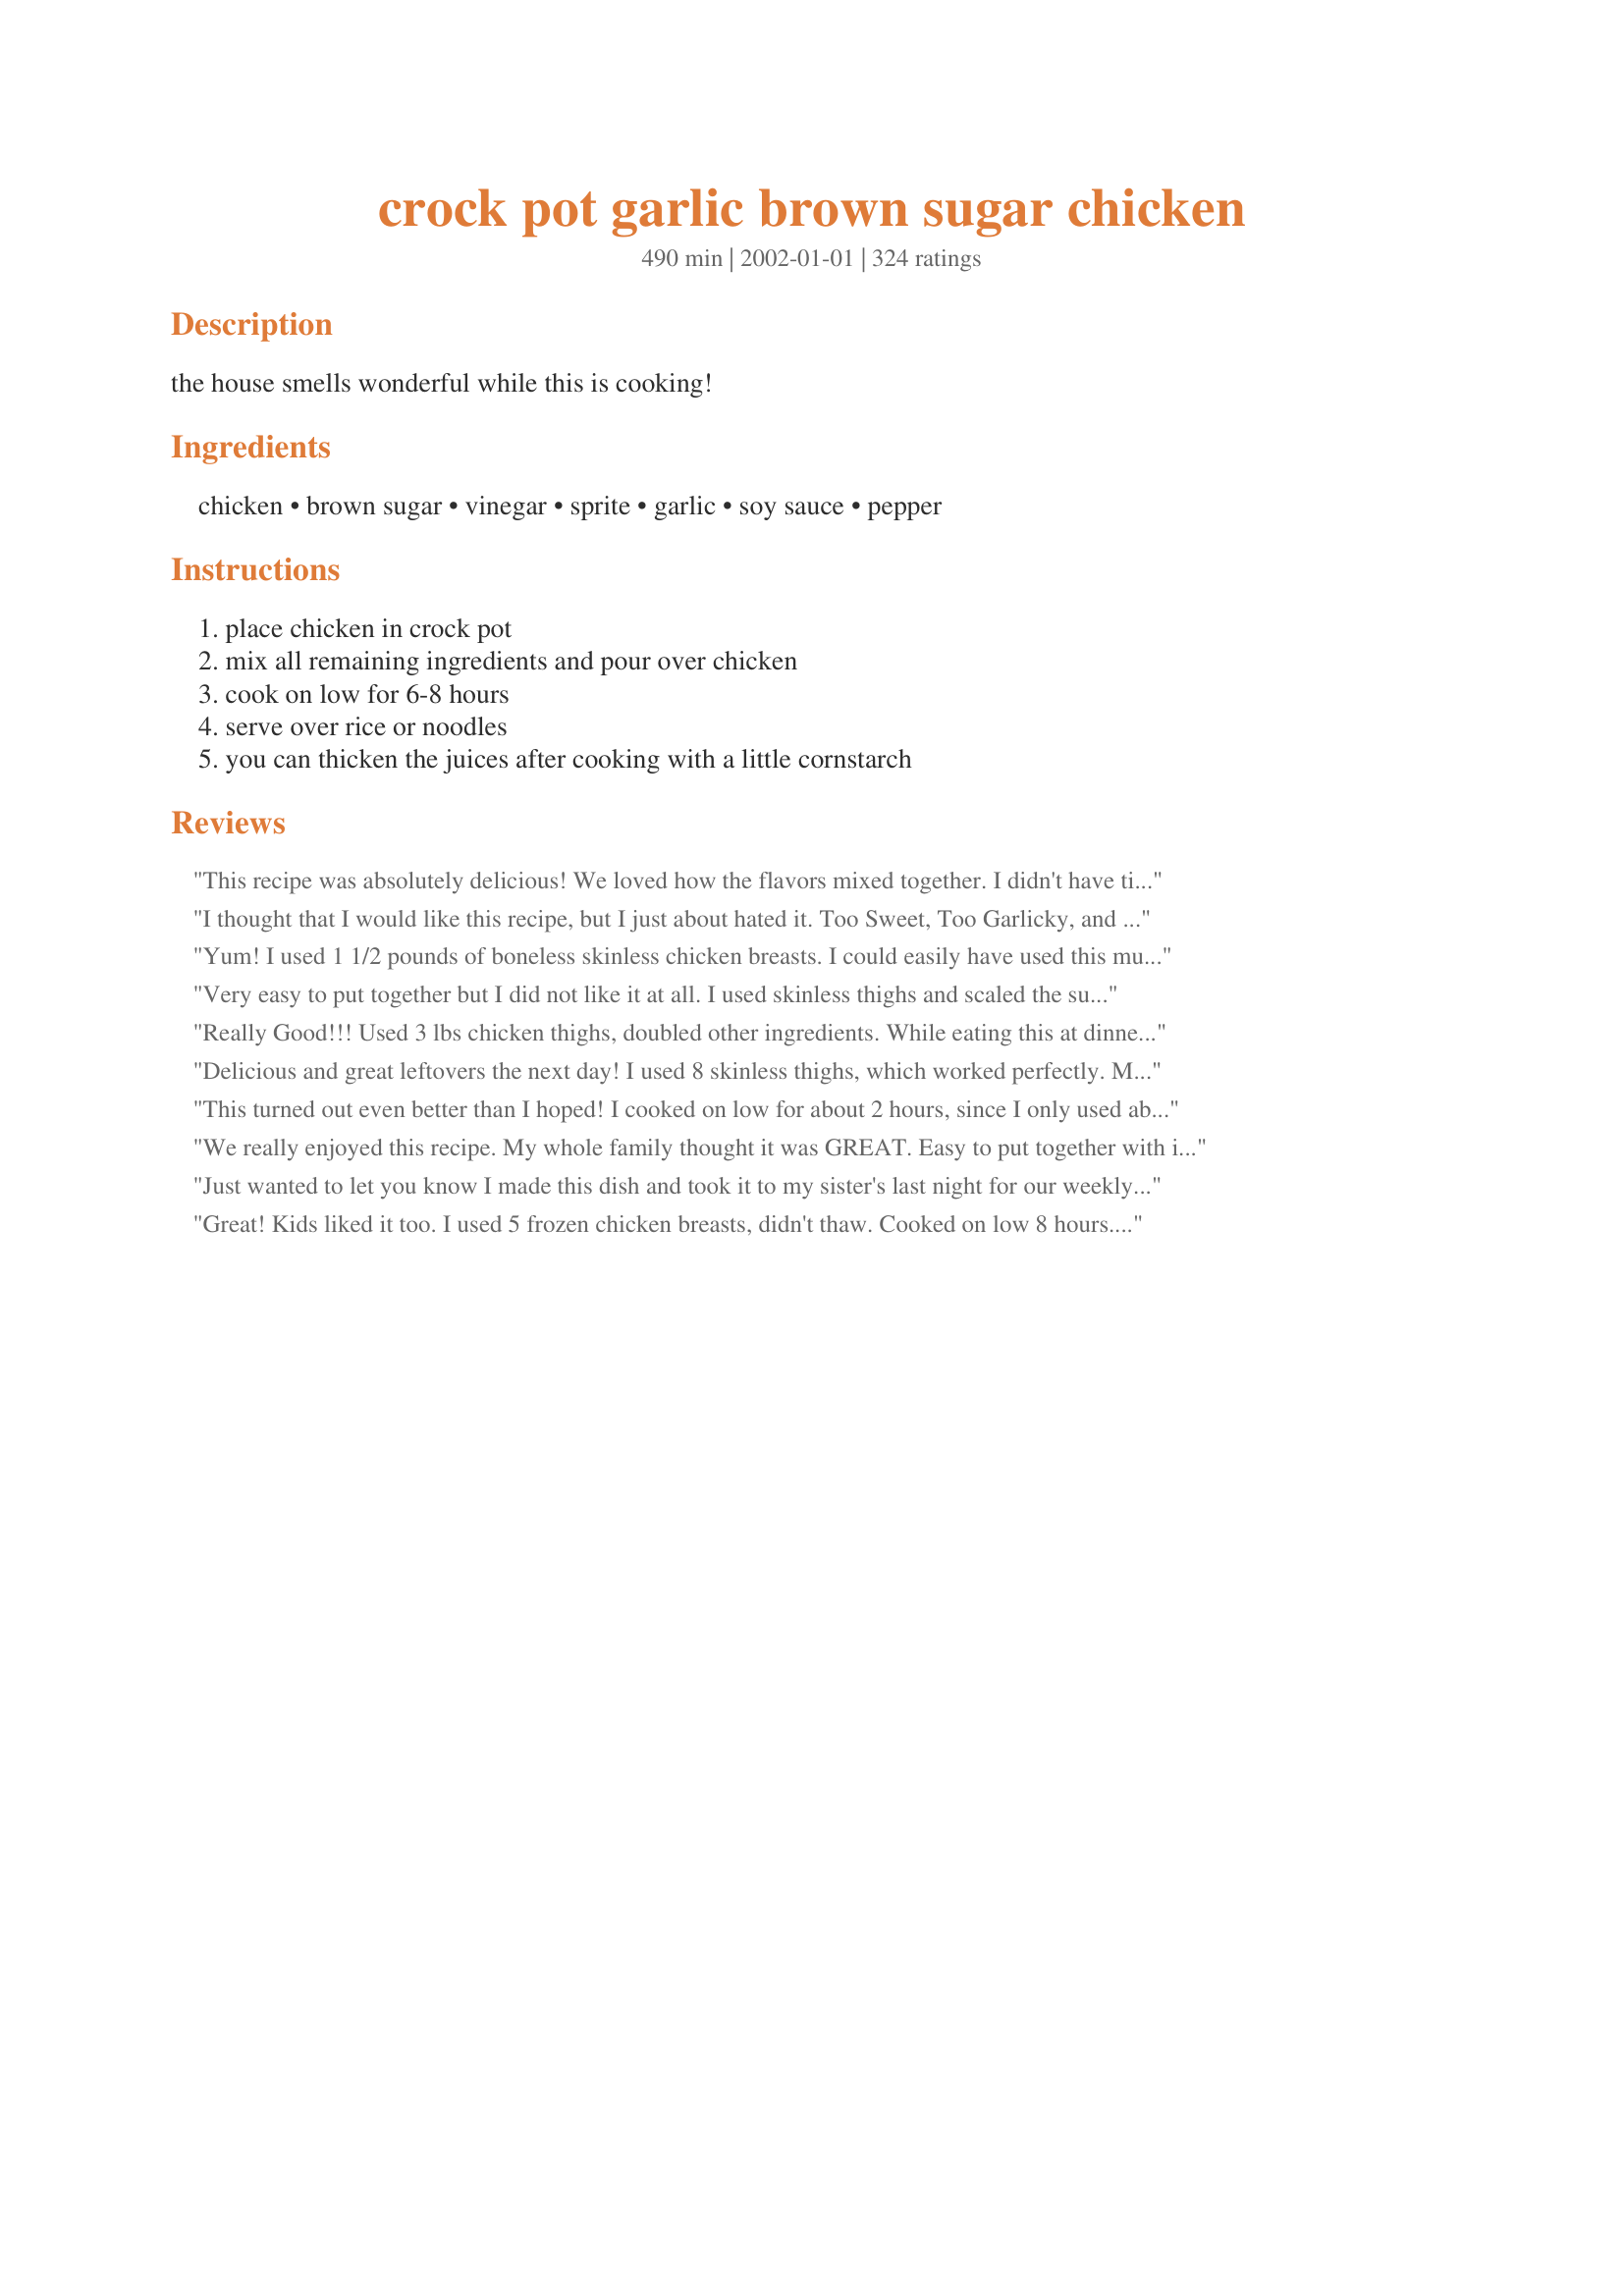
crock pot garlic brown sugar chicken
Preparation time: 490 minutes

the house smells wonderful while this is cooking!

Ingredients:
chicken, brown sugar, vinegar, sprite, garlic, soy sauce, pepper

Steps:
place chicken in crock pot, mix all remaining ingredients and pour over chicken, cook on low for 6-8 hours, serve over rice or noodles, you can thicken the juices after cooking with a little cornstarch

Reviews:
This recipe was absolutely delicious! We loved how the flavors mixed together. I didn't have time to make it in a crockpot, so I cooked it at 350 degrees F for about 30 minutes. It turned out wonderful. Thanks for a new favorite!

I thought that I would like this recipe, but I just about hated it. Too Sweet, Too Garlicky, and not to mention a total waste of $6.00 worth of boneless, skinless chicken thighs. I had read so many rave reviews of this recipe I just had to try it. Thought my husband would like it too, but he also was totally not impressed. From now on if I think the recipe sounds too weird I will not even try it.
Yum! I used 1 1/2 pounds of boneless skinless chicken breasts. I could easily have used this much again b/c there was so much delicious sauce left. I cooked for 4 hours and it was perfect. As you already know, great recipe Mirj!!!
Very easy to put together but I did not like it at all. I used skinless thighs and scaled the sugar back to 3/4 cup and still found this recipe too sweet and far too vinegary. For those who DO like the recipe, maybe you can use this tip to your advantage: There was a lot of the liquid in the crockpot when done so I put in about a cup of instant rice and let it soak up the juices for about 10 minutes. It would have been great if I was able to get past the sweet & vinegary taste. My fault perhaps, because I much prefer savory to sweet. I will not be making this again. :(
Really Good!!! Used 3 lbs chicken thighs, doubled other ingredients. While eating this at dinner, my boyfriend said, "Your the best cook ever"!!! I said, "No, I just find good recipes"!! Thanks for sharing!!
Delicious and great leftovers the next day! I used 8 skinless thighs, which worked perfectly. My husband, who is originally from the Philippines, said that it tasted very similar to Chicken Adobo (I completely agree). Thanks so much-- we'll be serving this often in my house!
This turned out even better than I hoped! I cooked on low for about 2 hours, since I only used about 4 fairly thin boneless chicken that I cut into large chunks. I used a scant 3/4 cup brown sugar and about 1/3 cup cider vinegar and it was perfect. The black pepper really makes this flavor combination stand out. It reminded me of Bourbon Chicken at the mall. Thanks Mirj, for posting.

Roxygirl
We really enjoyed this recipe. My whole family thought it was GREAT. Easy to put together with ingredients I had on hand. I used whole chicken legs because my family enjoys a lot of meat. Thanks for posting.
Just wanted to let you know I made this dish and took it to my sister's last night for our weekly "Survivor" night. Everyone raved about the chicken! It was a little to "garlicky" for me, but they scarfed it down. Knowing that I'm just a really picky eater, I'm taking their word for it. I made a double batch, and used 8 skinless split breasts with bone. The meat was so juicy and tender that it was falling off the bone when you tried to serve it with a fork. Very nice!
Great! Kids liked it too. I used 5 frozen chicken breasts, didn't thaw. Cooked on low 8 hours. During the last hour or so of cooking I quartered every piece of chicken...and let the juices soak in a bit. Served over rice. Tasted very sweet with a bit of heat from the pepper. Thanks Mirj for a super duper recipe!!!
My husband loved it, but I was disappointed in the taste after reading such good reviews. Probably would not make again.
Made pretty much as written, but I did use boneless chicken tenders in place of bone-in chicken pieces. I cubed the chicken before placing in the crockpot, so I only cooked it for 4 hours on low. Came out perfect and delicious!! The next time I make it though, I will definitely add some onion. :)
I used 2 lb. of boneless chicken tenders, and cooked for 4 hours on low. The chicken was wonderfully moist and tender. I thought the sauce was a bit too vinegary, so next time I will only add about 1/2 c. I thickened the sauce with about 1/4 c. cornstarch, served with steamed rice and stir-fry vegetables. YUMMY, and VERY easy! Thanks, Mirj:)
~Manda
This recipe I found to be very easy. And the chicken melted in our mouths. I substitued the Brown sugar with splenda, and found the flavor excellent.
Super easy! Very yummy! I added al dente pasta for 1/2 hr to cook in the great sauce. Also I used chicken breast on bone and cooked for 4 hours on high (I find this dries the chicken out less).
YUMMY - I love sweet, so this was perfect for our family. Thanks!
My husband raved about this one. He even felt it could replace in its position a recipe I cook called Adovo. He loved the smell when he came home. I halved the pepper...1/2 black and 1/2 cayenne.
This was wonderful!! A five star review from Chris, his dad, and me!! I used chicken thighs, and served the sauce over white rice..very good! I did thicken the sauce with a corn starch slurry--that made the meal absolutely perfect! Thanks for posting this recipe..we all loved it--definitely a keeper!!
Teresa
This was a really good meal. I used chicken thighs because I really like the tender meat. The juice was AMAZING! I put the juice over my potatoes that I had with the meal. I even saved it so that I could put it over mashed potatoes later! Thanks!
The taste was great, but the meat was somewhat overdone after 8 hours cooking - I will make it again, but next time try only 6 hours.
I made this recipe as given, doubling the sauce recipe because reviews said it was so good. I used the upper limit of garlic, and 1/2 black and 1/2 cayenne pepper. It was almost sickeningly sweet.I threw the whole batch out, which I've done only about 5 times in 35 years of cooking.
I made this last night, I halved the sugar and cooked it on low for 4 hours, I used white distilled vinegar. I also used the cornstarch to thicken the juices at the end. It turned out moist and not too sweet. I don't think I will make this again, it's not a new favorite for us.
I did tweak this recipe a bit for our own taste. I took others advice and cut the brown sugar to 3/4 cup and cut the vinegar (I used balsamic) to 1/2 cup. I also added 1/2 cup water and 2 Tbsp chicken boullion. The chicken turned out wonderful. I used frozen boneless, skinless chicken breast so I had to cut the time down to about 4 1/2 hours. Also just before it was done cooking I shredded the chicken up and added some Sriracha Hot Chili Sauce (about 2-3 Tbsp). It made a world of difference. Will be making this again. Thanks for another great addition to my cookbook.
I love the taste but it was very, very dry. Is there anyway to keep the chicken moist?
Sorry, I followed the recipe exactly and I didn't care for it. It did smell really good while it was cooking. I used frozen chicken breasts and it did not turn out dry.
I thought this was very good. I used 3 bone-in skin-on chicken breasts. I substituted a mix of balsamic and red wine vinegar, because I was out of regular. It made the chicken a gorgeous caramel browned color, and it tasted delightful! I did think that it was lacking salt. I sprinked the chicken with chopped green onion, and served it with rice and broccoli. Yum!
I removed the skin off the chicken parts. I cooked it on low for 5 hours and it was so dry my husband almost choked when he tasted it. I had to throw it all away. The sauce was not bad but even if the chicken was tender I don't think I will make this again. Sorry!
Absolutely WONDERFUL!
Used chicken breasts in a covered casserole and popped in the oven for a quick & easy meal. Baked at 350 degrees for just under an hour.
Can hardly wait to make it again using the crockpot method.
Since I don&#039;t buy sodas and won&#039;t have them in the house, what can I substitute for the Sprite/7 Up?
cook chicken in water first ? if not ? , how you keep from being dry ?
This chicken had excellent taste and just fell off the bone. I'll be making this again but I think I will cut the rest of the incredients in half. I thought it was too much liquid for that amount amount of chicken and the bottom pieces really got saterated with the juices and skin was pretty greasy. BUT oooh what a taste. Thanks for sharing this.
After reading all the reviews, it appears that you either hate this dish or you love it...I fit the latter description...

I used 4 skinless chicken breast halves and doubled the ingredients for the sauce...The only change I made was to add a sliced onion...Prior to and during the cooking process I tasted the thin sauce and wasn't too impressed with the taste...Seemed to be too much vinegar...When done, I thickened the sauce as others have done and it seemed to take on a new flavor...I served the chicken on a bed of rice and drenched it with the sauce...Had a side of creamed corn...

If the chicken was dry, couldn't tell with the sauce...Made a real pig out of myself...Will definately make this stuff again...
I loved this recipes. We even had for chistmas dinner. I left the garlic out because I have someone that does not oike garlic, but I added a can of crushed pineapple. I tried it with pork chops and is was good. Next, I am going to use the sauce on cooked ground turkey with stir fry vegatables over rice. Thanks for a great recipe Mirj!!
Honestly, I don't see what the fuss is about. I didn't think this was so good. It was crazy sweet, yet bland. I wouldn't make again.
Wow! Excellent recipe, thanks so much Mirj! Seriously, SO good. And the added bonus? It smelled amazing, too!

I was a little short on time, so put it in the crockpot for an hour on high and then on low for about 4 1/2 hours, and it was fabulous! 

Thanks again!
As others did, I cut the sugar by half and used fresh garlic--we loved it! For those of you with hunters in the family (ND is overrun with pheasants!), this is a GREAT way to fix pheasant breast. The cooking time is WAY too long, though, even for chicken. 4 hours is great plenty. I served it over wild and long grain wild rice. The leftover breast meat was great tossed on top of salad.
The ingredients all sounded good, but the dish came together to be rather bland. Maybe if I combined everything and used the oven instead, then the sauce would have some caramelization and would reduce? (I don't want to use my slow cooker, only to need to reduce the sauce on the stovetop.) We served this with broccoli over rice and had a nice dinner, if not something I would necessarily make again.
Hi Mirj;
The chicken was not only tasty, but so nice and moist and yet done to perfection. I cooked a 3 1/4 pound chicken and decided to try it whole. I cooked it for 6 hours and WOW, so good. I also added a lot more garlic (we love garlic). Next time I will reduce the brown sugar to 3/4 cup (unpacked). The sauce/gravy is superb. I thickened it slightly with tapioca
starch, YUMMY GOOD.
This is a winner, don't know why I waited so long to try it.
"Uncle Bill"
This was wonderful! The chicken fell off the bone, the sauce was scrumptious, I wouldn't change a thing. I served it with mashed potatoes because that's what my 6 year old requested.
Loved it!!! Used a whole cut up chicken, white vinegar and sprite. Cooked on low for 5 hours. Was very moist, not dry at all. Thickened sauce with about 2 tbsp cornstarch. This is a sweet sauce which we loved. Poured over chicken & mash potatoes. Froze the few pieces left with the sauce and will have with rice for a wonderful lunch. Thank you for this easy and wonderfully sweet chicken recipe! I will be adding my photos soon.

 

Very easy, tender and tasty. I used ginger ale and it worked well. Thanks!
I had to work, so put this in the crock pot for the family to have for dinner. With so many five star ratings I was sure they would enjoy it....but it didn't go over very well. They said it wasn't anything special...so guess I won't be making it again. I made it exactly as stated in the recipe....disappointed they didn't like it. (It didn't turn out dry, they just didn't like it much).
I used 1/2 teaspoon white pepper and 1/4 teaspoon cayenne pepper to season (I love the KICK cayenne pepper adds to the gravy); other than that i followed the recipe exactly. My family loved the sweet-sour taste of the gravy, but personally I found it a tad too sour. Next time I'll cut down the vinegar (I used apple cider vinegar), maybe 1/2 cup instead of 2/3 cup. Other than the vinegar being a bit overpowering, this meal is pretty wonderful - 4 stars :)
OMG this is delicious! Is used about 1 1/2 lbs boneless skinless chicken breasts and about the same about of boneless skinless chicken thighs. Cooked for about 4 hours and it was all juicy and tender. I didn't thicken the juices this time but would do that next time. Served over noodles. The few leftovers I had re-heated well the next day. This is a great easy recipe. Thanks for posting.
I made this with boneless, skinless chicken breasts, cut into strips about the size of the breast tenderloin. The chicken seemed a little dry, but I figured that's the nature of the cut I used (I'm sure it would have been fine with a whole cut up chicken, but DH doesn't like dark meat!); some of it still fell apart on it's own, though. The combination of flavors was wonderful; I thickened the sauce with some cornstarch & served it over penne pasta. I will make this again! -M
Mirj, great receipe. Tried this last nite and it was mmmmmm wonderfull. I read some of the reviews (actually a lot) prior to making but went with the receipe with almost no changes (used ginger ale, cause i had it on hand). Some one said theirs was dry, guess we didnt use the same receipe wow was it moist. I took off after cooking about 4 hours into slow cooking, but i used split chicken breast with bone on and skin not removed (for flavor).
I coupled this with Mean CHefs perfect rice (receipe # 53520), and it was a perfect match. Glad I made some extra. Browned in the oven broiler for a few minutes to add color and seal... mmmm
Thanks for providing such an excellant receipe..
A recipe that deserves 6 Stars! I used frozen boneless chicken breasts and left without turning on the crockpot. Six hours later, I turned on med high and cooked for 4 hours and all was well. I didn't find the color distasteful (it's that kind of recipe, look at the ingredients) and I thickened the sauce ever so slightly and served over rice. I did use Splenda Brown Sugar and diet Sprite. My picky DH, who's a diabetic, loved it and asked me to prepare again. Mirj, I continue to be a big fan!
Good but quite sweet - for our tastes. After 6-8 hours, our chicken was falling apart. If you want yours in recognizable pieces, then check it earlier than suggested.
This was so good! I did the boneless skinless chicken breast thing, and cooked it in a crockpot for 3 hours and it was perfect! The chicken was tender and flavorful-It will appear on our table many times to come! Thanks!

Bec
This is really good when you first make it and I'd probably give if four stars. However - I froze what I had leftover and then re-heated that and it was FIVE stars plus!! Maybe the extra time to marinate and absorb the sauce... I don't know what it was - but this is defintiley one of those meals that is even better as leftovers! And simple to make, too!
This was OK, but a bit too sweet.
Awesome...used Red Wine Vinegar with garlic which only added to the incredible flavor. Used chicken breasts as others and cooked about 4 hrs on low. Served over rice. Def a keeper and one I will use again
Ron said it the best, "the ultimate chicken marinade". I have problems getting him to eat chicken; usually he says it's dry. Using chicken with bone & skin resulted in an incredibly moist, savory entree. We didn't thicken the sauce & it was wonderful with basmati rice. Would definitely suggest using 1/2 tsp black pepper & 1/2 cayenne.....this will NOT be a bland crockpot dinner. Bless your heart for posting this!
This came out a little different than I expected but the chicken was very moist, just not as flavorful as I thought it would be. I used a 5 lb. package of thighs, white vinegar and Sprite. I don't think any flavor was especially strong, which kind of surprised me because I thought either the garlic or brown sugar would dominate. The family did like it and said that they would like to try it again with chicken breasts, so I will be making it again. This was very easy and it did smell heavenly. Thanks for a unique recipe.
I did not want to rate this since my choice in vinegar was possibly the problem...it was not edible. I was not sure what type of vinegar to use, so I tried my good quality balsamic. After over 6 hours the vinegar was still the predominant flavor. I had used boneless breasts, so they became too dry as I tried to allow more time for the vinegar to cook off. No one in the house would eat it. I can't say I am willing to give it another try. My husband said "I hope you are throwing that one away" I am guessing the balsamic was the problem...so heads up to not use balsamic:) Sorry.
Like some of the others here, I found this recipe to be way too sweet and the meat to be dry. I used 7-Up. I wonder if the crockpot I used could be the problem. I used a large Rival Smartpot and the pot had a lot of left-over space. Perhaps this is better made in a smaller unit? Sorry, but I won't be making this again.
I was very dissapointed in this recipe. It was too sweet and the flavor wasnt too good. It was a waste of money and leftovers. I will not try this again.
This was really great! I ended up pulling the meat off the bones and shreding it into the sauce which I thickened with cornstarch, served it over a pan-fried noodle cake. Awesome!
Wonderful smell while cooking, and wonderful taste! I used a whole cut up chicken and took most of the skin off. I cooked it 3 hours in the crockpot on High. The meat was falling off the bone and very tender and juicy. Served with rice and green beans.
Yum I have made this twice now and both times it was great. I made it about a week ago exactly as stated in the recipe and it was very well recieved. My oldest daughter requested that I make it again so I made it for dinner last night with these variations....used balsamic vinegar(cuts back on tartness) and instead of using Sprite, which I didn't have this time, I used gingerale since I had it in my fridge and I thought it would go well with the asianess of the dish...I also added just a pinch of ginger to the sauce and it was wonderful. Almost like a teriyaki type dish. just some suggestions if you'd like to try a different approach on the same great dish
I am addicted to this chicken! I have made this dish twice in two weeks, and I find myself craving it on a regular basis. It is super-easy to make, and it tastes wonderful. The second time I made it, I added a small can of crushed pineapple in juice. I use lots of pressed garlic, and the flavor is terrific. My crockpot only cooks on high, but the chicken comes out perfect after about 4 hours. I definitely recommend doubling the sauce recipe. This is on my list of favorites!
Very good! Makes the house smell wonderful as well! The only change I made to the recipe was that I used garlic salt(about 1/2tsp) instead of fresh garlic. I also turned it on high for the first 30 minutes, then let it cook on low for about 6 hours. I will definitely be making this one again! Thanks for posting Mirj!
I very rarely make a recipe without tweaking it in some way and when I saw this recipe, it sounded good to me but I knew I couldn&#039;t leave it alone as is. What I added to it was some onion, some whiskey and grated fresh ginger. The house smelled incredible while it was cooking. I added the bone-in thighs first and cooked for a couple hours on high, then put it on low and added the skinless, boneless breasts and let cook for almost 4 more hours. I thickened the sauce with some corn starch and served it with rice. It was very yummy and my family loved it, especially my dad.
We really liked this chicken. I used some chicken breasts and cooked for about 4 hours and it was the prefect amount of time. Added corn starch to the sauce to thicken. It was great over rice. It was a nice light sweet dinner and needed just a little salt.
I added less vinegar and 1 can of chicken broth. The sauce was so good! The chicken breasts were a little dry, but very tender. You must try it!
I liked the flavor of the chicken and the sauce that it made was very yummy, however I had the same problem as others of my chicken being to dry. After reading all the reviews I followed the recipe exactly, but cooking the chicken for 5 hours hoping that it would not be dry, but it was. Ugh! I will have to work on the timing.
This recipe is excellent. I used a whole cut up chicken but took off the skin. I noticed that the liquid was below the level of the chicken, so I turned the pieces about an hour before the end. If people are using skinless chicken pieces (especially breasts only), this might be why theirs dried out. Ours were succulent and falling off the bone.
This wasn't may favorite recipe. I think that its just too sweet for me. I think it would be a lot better if it had more soy sauce in it and less sugar. Thank you for the idea though.
An excellent dish. I skinned the chicken so as not to have the chicken fat floating on top at end.I also thicken with cornstarch and served exta sauce over the chicken and rice. TY MIRJ! It is now a staple in a few household inclding my own.
Made this with rabbit (2 whole fryers). Crockpot on low 5 hours. Picked the meat out, then strained the liquid to get the bones out and thickened the liquid with cornstarch. Served over basmati rice. It was fabulous!
This was great, nice change. Chicken was very tender and very nice flavour, excellent. Thanks for sharing. My wife loved it.
Be careful making too many substitutions - I did not have 7UP or sprite in the house so I tried substituting beer. Didn't turn out so well. Also I think I overcooked it (used boneless skinless chicken). I'll have to try it again doing things the right way :)
I liked this recipe it was easy to prepare. I modified the recipe I used chicken thighs and apple cider vinegar. I served it over white rice. The chicken fell right off the bone I cooked on low for 6 hours.
Maybe sth ir wrong with me, I didn't particularly care for it! The baby didn't eat much, DS7 ate one leg, and DD10 liked it. DH said it was good. (I served the sauce on the side)

I might have liked it better, but it was overcooked and dry at 6 hours. (Is that because I took the skin off?). But I also didn't particularly care for the sauce.

It was very easy though, so bonus there.

Anyhow I don't think I'd make this again (or at least not very often).
I tried this and my family loved it. Although you had said to serve over noodles or rice I did neither. I served the meat as it was and how tender and juicy. Thanks for shareing this.
Delicious moist chicken! My DD made this for us when we came to dinner. She used a whole chicken witch she broke down. My whole family loved it however, I thought it was on the verge of being too sweet. Majority rules and that is why my review is 5 stars.
My son loves this! He ate 3 helpings. A great mix of sweet, sour, and savory for grown-ups too. I use skinless, bow-in chicken thighs and turned halfway through. I used 3/4 cup cider vinegar instead of 2/3 cup to make it a little less sweet. I also find 4-6 hours on low is enough for the 2-3lbs. I usually cook.
Great flavor, but don't overcook it. Four hours or under will probably suffice.
This was outstanding. I cut up a whole chicken (here is how to cut up a chicken http://www.youtube.com/watch?v=JHUvnsQgvCQ I made as directed but added an extra 1/4 cup of Sprite and used Apple Cider Vinegar. I added corn starch to the juices and it made an excellent gravy. I pulled the chicken from the bone and shredded it and mixed in the gravy and served it over the rice. Mmmmmm good!!
My picky eight year old said that this was the best thing I had ever cooked! I modifed the recipe by using 2 pounds of boneless, skinless chicken breast tenders instead of a whole chicken, decreased the brown sugar to 3/4 cup, increased the Sprite to 1/2 cup, and cooked on low for 4 hours. Next time I probably will use a bit less brown sugar. This was delicious.
Simple and really good!
This was great! I've been looking for a good crock pot recipe to cook my chicken legs in and this was perfect! The chicken was falling off the bone, and the taste was unbelievable. The only thing I did differently was substitute white wine for the sprite. I love this, not to mention the house smelt amazing when I came home =) thanks for posting!
Yummy, yummy dinner! I substituted plump skinless boneless breasts for the recipe's stated chicken pieces (which would be with both skin and bone) and cut the cooking time down to 4 hours at Low. Please remember, those that complained of this being dry, that this recipe is designed for both white and dark meat, with skin and bone -- which would take longer to cook and be moister than plain breasts. My chicken was tender, but I believe if I had let it cook even 30 minutes longer than the 4 hours it would have started to turn dry. The only other change I made was to reduce the sugar to 3/4 cup. This was extremely easy to put together and having it cook away on the counter on a hot humid day was certainly a blessing. Thanks to this recipe, my rice cooker, and a green salad, I had an excellent hot dinner without using the stove or oven! Thanks for the recipe Mirjam; it was delicious and everyone enjoyed it -- no leftovers at all!
This has a good taste, better than I thought it would be. I substituted white cranberry juice for the vinegar, and I added a litte dried basil. The chicken was so tender after cooking that I cut it into bite-size pieces and mixed it with some cooked butter noodles. Thanks for the new crockpot recipe!
This turned out just OK for me.... I made this to bring for lunch this week so I was stuck with it... it was just too much chicken and basmati rice to throw away and I do need to eat lunch. I added salt and some crushed red pepper flakes to today's portion and it helped a lot. The heat from the hot pepper flakes helped balance the taste. So, if you make it and don't like it very much, you could try that. It might save it for you if you like some heat in your food.
When I read that the chicken got dry for some cooks, I didn't believe it, but it did. Weird! Acutally, I think all this recipe needs is a little oil or something similar to seal in moisture. The vinegar and soy dried the chicken out, I'm sure. The taste was great - a little too sweet, so I added a beef bouillon cube (didn't have any chicken ones) and about 1/4 cup of cooking sherry. Served this over noodles w/a side of corn and homemade bread. Thickened the sauce too. I may make it again, but will tweak the recipe a bit. It does remind you of a Chinese dish. I'm really not trying to plug one of my recipes, but if you like moist chicken in the crockpot, try Chicken Delicious...
very easy and yummy!
So tasty chicken!!! Just 3 hours (this time was enough for my Redmond multi cooker) and perfect winter dinner is ready! Thank you for one more nice recipe!
I thought I had reviewed this already! This is great, I have made this a few times and it always turns out great. I usually use chicken leg quarters with the skin removed and dark soya sauce. Thanks for this awesome crockpot recipe!
oh my gosh...excellent. The chicken was both moist and dry if that makes any sense LOL but it was absolutly delish!
I threw this out! It was so sweet neither my husband or I could eat it...such a strange combination with the pepper...I hate to be negative, but I wish someone had warned me...if you want chicken for dessert, make this.
i cooked this on the stove and then baked it in the oven for 10-15 min since i don't have a crockpot. it was both tasty and easy to make. it was such a hit at the dinnertable. thanx for great recipe.
My family LOVED this. My 8 yr. old son who is very picky ate two plates full! I will definately be making this again. It was so easy.
I have yet to like any chicken cooked in a slow cooker, so I really went out on a limb and grilled one whole chicken breast, cut into about 4 pieces. I then made the sauce following the recipe exactly, but on the stovetop and added the chopped grilled chicken. It was fabulous! For those of you who don't like the chicken in the crockpot, this is the way to go.
BAKED IN OVEN- I forgot to set up the crockpot at lunch like I was supposed to lol, so my fiance had to make this in the oven. He is by no means an accomplished cook, and it was easy enough for him to do. He doubled the sauce recipe and used bone-in breasts because they had been on sale, although I&#039;m looking forward to trying this on some thighs and drumsticks. My only substitution was using lime-flavored sparkling water instead of the Sprite, based on some of the reviews of it being too sweet, plus that&#039;s what I had available at the house. Will be keeping this recipe!
This was wonderful! I used a whole cut-up chicken - skin, bones and all. Instead of the 7-up, I used 1 teaspoon lemon juice. Like most crock pot chicken recipes, I liked the dark pieces of meat the best. They were the most tender and moist. But really, all of the pieces of chicken were fall-off-the-bone tender! This made A LOT of sauce, so I ladled some out of the crock pot and put it in a saucepan on the stove. I added a slurry of 1 Tbsp. cornstarch to 1 Tbsp. water and simmered. Then I just kept adding more slurry to get the consistency I wanted. I served it over rice. A very easy and delicious dish!
This recipe did not come out as I planned, but I don't plan the recipe. I used boneless skinless thighs. Based on other comments, I believe this recipe is really for chicken on the bone. In addition, the batch that I made came out a little too sweet, too garlicy, and not spicy enough. The flavors were not to my taste. If anyone else tries it, I would suggest lowering the amount of brown sugar (since the 7-Up in already sweet, too) and using less garlic (I only used 2 tablespoons and that was too much). I used black pepper, but cayenne would have been a better choice. Better luck next time.
My whole family loved this chicken recipe and it was so easy to prepare. I also used the boneless chicken breast the second time I fixed it. This is a keeper!!!
This deserves more than 5*'s. Any recipe that has my very picky daughter asking me to make it again and having 2 helpings has got to be good. The house smelled great while it was cooking. Very easy to put together too. I will be making this again. Thanks for another wonderful recipe Mirjam.
Five stars all the way!! The sauce tasted like my favorite garlic sauce in a jar. It permeated the chicken and gave it a wonderful sweet garlicky sauce.The only thing is that I cooked too long and it was a bit dry. Five and half hours is enough. Thanks for a great recipe.
riquisima, la prepare para el dia de san valentin, gracias
While the chicken was flavorful, it was quite dry. I doubt I will ever make this again.
WOW!!! YUMMY! I made this recipe with chicken thighs (skin & fat removed), Sprite and black pepper. I put three large ladles of cooked juices in a pan and made a sauce with cornstarch (about 1 heaping tsp of cornstarch), and simmered on medium until I was ready to serve (I didn\'t pay attention to the time, sorry). I left the extra juices in the CP, and after I removed all the meat from the bones (to serve), I put the bones back in the CP as well. Added enough water to fill CP, and cooked on LO overnight. Stock will be useful in Asian meals that call for stock! YUMMY! Nothing wasted, everyhting used. I even made my husband a freezer meal with rice, green beans, chicken and sauce for next week when I am away! THANK YOU!!!! Steph in Ontario
I made several changes to this recipe as suggested in a couple of reviews. I used 1 and 1/2 boneless skinless breasts and a pound of boneless and skinless thighs. I added a small onion, 1/2 green and 1/2 red peppers chopped. I also sautéed the garlic onion and peppers first. I then browned the chicken in a little safflower oil to seal the juices. I used 1/2 teaspoon black pepper and 1/4 teaspoon cayenne pepper. Total cooking time was 3 hours and 15 minutes. It is absoulutely delicious tender and juicy!! I can't wait for dinner!
Excellent!
This was simple to prepare and had an interesting flavour that was enjoyed. We did find it a little sweet for our taste buds so next time I might cut back on the amount of sugar.
This was really good but the sauce it cooks in was still runny at the end. I followed other people's suggestions of adding cornstarch but no one said how much. Over a 40 minute time period I added 6 T of cornstarch and it never thickened. I used bone/skinless chicken and served it in bowls over Lo Mein noodles. I really liked it and so did everyone else. The chicken was very moist after cooking on low heat for 4&1/2 hours.
It was very good and for a single man it was easy to make and really good to save for lunch the next day. thanx-matt
ps-everyone who said it was dry and yucky, must not have done it right. tooo bad.
WOW!!!! This was great...so tender and flavorful!!! The house smelled wonderful, walking in from a long day at work! I used boneless, skinless chicken breasts and we served over rice, with a green salad on the side!!! Definately a keeper!!!!
Thank you!
Glad I read other postings before trying. I used skinless chicken breasts and four hours in the crockpot was sufficient cooking time. My husband did not like the sauce because he does not like sweet and sour, but we all loved the taste of the chicken. The next day flavor and taste of the chicken in sandwiches was awesome. Next time will freeze the sauce to use as a dipping sauce for chicken nuggets.
This was phenominal!! I should have made a double batch. No, I should have made a tripple batch!!! We all gobbled it down and I put aside some for leftovers tomorrow for work. Good thing I did or Husband would have ate the remainder as a late night snack!!!

I did cut down to 1/3 cup Vinegar (I used Apple Cider Vinegar) and 1/2 cut brown sugar. Also, I used plump skinless breasts and thighs with bone. I cooked it for 4 1/2 hours and it was so jucy and delicious. The meat fell right off the bone and the breasts were very easy to shread! I did thicken the drippings with corn starch and used it as a gravy to mix with the shreaded meat! Delicious!!!
Wow! We did this while we were on vacation last month, used chicken thighs and left it cook for about 10 hours...It was so tender the meat fell off the bones and the chicken was delicious! We served it over plain white rice, and I didn't have anything with me with which to thicken the sauce, but it was still wonderful. I think I may add a little more soy sauce next time, just for fun. Thanks for an easy meal - and it did smell great!!
This was delicious! Everyone, including the 3 kid, gobbled it right up. I made it with a little less than 3/4 of a cup of brown sugar due to other reviewers' comments on it being too sweet. I also added several shakes of red pepper flakes in addition to the black pepper. I also didn't have time for the crockpot; so I cut up the chicken into chunks & cooked it on the stovetop. All in all a very yummy recipe. I will definitely make it again.
I think this is a dish that many people would love, but it was too sweet for my family's tastes. It's very easy to prepare and smells incredible while cooking. I substituted white wine for the sprite but the sauce was still too sweet for us. This dish goes good with rice and I do recommend it if you like a sweet flavor. I'm glad you shared this Mirj, I have a few friends that I know will really enjoy it. Thanks!
I am sorry but we did not like this - it was so sweet that it made our teeth ache and I even cut the brown sugar down to 3/4 cup. It smelled fantastic but we didn't even finish it. Thanks for sharing though.
I was looking for a quick chicken crock pot dish and this looked interest. I couldn&#039;t quite figure out the thinking behind the ingredients so I didn&#039;t. I cannot believe you said cook for 8hrs.I cooked it for 4 hrs. and the results were dry stringy chicken. I was so disappointed. The flavor was ok but the appearance and texture were totally unappealing. &lt;br/&gt;Im open to any suggestion that could make garlicky brown sugar chicken really taste as good as the ingredients.
I have made these twice now. I also use boneless/skinless chicken breasts. My crockpot cooked them to "perfection" in just a little over 4 hours. I used apple vinegar and Sprite, however I used 1/2 teaspoon of regular black pepper AND 1/2 teaspoon cayenne and it was just right for us. The second time I made them and after they cooled down, I cubed the chicken in bite-size pieces and added them to a meat/cheese platter that I had already prepared for an appetizer party I attended. The crowd went wild and asked for the recipe. The next time I make the platter, I will definitely cut back on the trail balogna, pepperoni, etc that I normally put on it and add MORE of this fabulous chicken. It really added a nice zip to a normally boring platter. Mirj, I am so glad I found this recipe. Thank you so much. :-)
This was really good. As suggested by other reviewers, I cut down on the brown sugar and vinegar by half. I used Rice Vinagar. It was still slightly too sweet for me. I didn't taste any of the garlic in it either. I think next time I make it, I will add some Thyme leaves to it and see if that makes a difference. If it does I will review the recipe again.
This is one of my most favorite new recipes that I have tried lately. I could have this once a week and still love it. It was so easy and with things I usually have on hand. Thanks for sharing this great recipe!!
I forgot to give it FIVE STARS lol! I also added 1/2tsp of pickled ginger minced, 1 cup of fresh baby carrots cut up into peices one red onion cut up in chunks and one small minced jalapeno deseaded and devained! I steamed fresh broccoli and at the end of cooking I added it to the sauce and other vegi's and the chicken in the crockpot and spooned it over rice! Delicious! I wish I had a red pepper to add to it for even more color! lol Thanks for the recipe!
My family loved this and it is so rare that they are in complete agreement. lol I used all of the brown sugar called for and chose 7-Up because I think it is less sweet than Sprite. For some reason, I just automatically thought 'distilled white vinegar' and that's what I used. I didn't taste vinegar at all. I used boneless/skinless chicken breasts, and flipped them 1/2-way through cooking because I noticed they floated to the top. lol Another word to those who found this dry, you have to make sure your crockpot is at least 2/3 full as any less full could cause dryness, too. I cooked rice using chicken broth as the liquid. This meal was a success and thank goodness it is so easy! Thanks Mirj!
I made this dish with skinless, boneless thighs. Came out wonderful. The chicken was nice and moist. Also good flavoring. Thanks for another nice recipe!
I am sorry to say this, since I have enjoyed so many of your other recipes, but this was not all that great. I followed the recipe exactly, no substitutions. The vinegar taste was too strong and didn't mingle well with the other ingredients. The chicken was tender. My children ate it reluctantly, though my husband thought that it could be doctored a bit to improve the flavor. PLEASE keep sharing your recipes, though, everything else I have tried of yours has been super and some are now family favorites!
So yummy
I had the same experience as most others in that my chicken turned out dry. The sauce did have a nice flavor though. If I make it again I'll lessen the cooking time and lessen the sugar amount too.
This was okay, but not what I had hoped for. Again, I tried a recipe that I would normally pass over(lack of info) because of the glowing reviews. I had no idea as to what type vinegar to use, white, rice, sherry, balsamic, so I opted for apple cider as I thought that was a common type. What type did other reviewers use? I cut the amounts for everything in half because I was using 4 boneless chicken breasts and that is roughly equal to half a chicken. I cooked 6 hrs on low and the chicken was quite dry, and the sauce way too sweet. I may try again with half the amount of sugar called for and perhaps sherry wine vinegar. And definitely cook for less time.
This was good, but I think I could have let it cook longer or cut the chichen breasts up more, they didn't have a lot of flavor in te middle. Also next time I think I will use Cider Vinegar rather than white.
I made this at work with minumum adjustments. We loved it (all six of us). I added another 1/2 C of brown sugar and used balsamic vinager because it is the best when mixed with brown sugar. I also added cornstarch to thicken the sauce before I served it over steamed rice. It was great...and I admit it smelled so good I had to tell the people at work to stop lifting the lid off the crockpot.
I really didn't know what to expect given some mixed reviews but I made exactly as written only scaled down to fit my small sized family and crock pot so I used just 4 large skinless bone in thighs and it cooked on low for 5 hours, it was falling off the bone and it was just delicious! I did thicken the sauce and I also added a few baby carrots I needed to use up and served it over white rice and green beans on the side. True this is a sweet sauce but really what would you expect with all that sugar along with the soda..lol. Just an easy wonderful dish that I will make many times. Thanks Mirj!!
Substitute ginger beer for the sprite and add a few shavings of fresh ginger. Wonderful.
Not much that I can add that hasn't been said. I think I may have cooked it a bit too long as the chicken was a bit dry. But the sauce was terrific.
I was looking forward to eating this for dinner all day....it smelled really good!!! Sorry to say though that my family and I didn't quite care much for it. It was a bit to sweet for dinner we thought. I thought it would be good to have along with some chinese food like chop suey or something like that.
Based on some of the previous reviews I cut the sugar to 1/2 cup and the vinegar to 1/3 cup. I also added 1 cup chicken broth because I was concerned that it would be too sweet. I used skinless legs and thighs and cooked 6 hours on low. I thickened the gravy so we could use it on the mashed potatoes I had made. Well, the gravy was so sweet you couldn't eat it. I had to throw it out. All in all my family thought this was a 2 - 2 1/2 star recipe. I won't be making this one again. I'll stick to Molly's Chicken on Allrecipes.
Very nice blend of flavors. It was sweet and tangy. I used boneless skinless chicken thighs, and they were fall-apart tender. Thanx for sharing; I'll make this again.... maybe even with pork.
This sauce is delicious and makes a perfect topping for rice. It flavors and marinates the chicken wonderfully while cooking. Since the chicken literally falls off the bone when finished, I also cut the meat into small pieces, mixed it with the rice, then topped all with the thickened sauce. Made a great meal with a side combo of broccoli/carrots and sliced fresh tomatoes. I did reduce the cooking time. Great recipe!!!
I made this straight from the recipe and used sprite. The scent was great as it was cooking, and when it was done after 6 hrs on low-tasted a lot like sweet and sour chicken. The meat tasted great when my husband and I sampled it after it waas done. Unfortunately, I then made a sauce and shredded the meat into it, and it ended up MUCH too sweet. I like sweet things, but this was just too much. So the recipe was good, but I would leave the sauce thin as it is, and dip into it if you want. When thickened it was just too much. We didn't finish the leftovers, but i would be willing to try again. Average.
I didn't have sprite, so I used a lager beer, and put in 1/2 cup. I think it added a nice earthy flavor to the dish. I only cooked my chicken breasts for 6 hours but they still tasted dried to me. The kids (4) all loved it over rice with the gravy.
This was very good...and easy to put together. I threw some baby carrots in with the chicken...they turned out great too! Next time I will try it with chicken breast peices and thicken the juice.
This was a good but not great recipe for us. We both agree (Hubby and I) that it needed something. Thanks for sharing.
The flavor of this chicken is outstanding. I'm giving it 5 stars for the flavor and the ease in preparation. Unfortunately, mine came out a bit dry. I used large, frozen bone-in chicken breast halves and cooked them for 8 hours on low. Next time, I will try 6 1/2 or 7 hours. Even though the chicken was a bit overcooked, the recipe itself was delicious and I can't wait to make it again and try a shorter cooking time.
I loved this recipe but I am huge fan of sesame chicken and I thought this tasted almost the same. After reading most of the reviews I made a couple of changes. First I used 3 skinless chicken breast halves with bone. I dredged them in flour salt and pepper and browned. Then I used rice vinegar and added 1 cup of chicken broth. The chicken was falling off the bone moist and very flavorful. I cooked for 8 hours on low and served with white rice, broccoli and the rest of the sauce that I thickened with cornstarch. Garnished with scallions. Awesome!
This recipe was easy and had a great taste. I cut the vinegar to 1/2 cup, and used boneless skinless chicken breasts, otherwise, made as directed. I served over rice with fresh broccoli. This will definitely become a regular meal in our house.
Smells great cooking in the crockpot. Had all the ingredients on hand. Used boneless chicken thighs and breast. Cooked for 6 hours and meat was dry but the sauce was very flavorful and tasted wonderful over rice. Will make it again but will turn down cook time to 4-6 hours.
This is a good easy recipe, very filling! I used 1kg of chicken breasts, and cut the brown sugar down to 1/3 cup. Any more than that would have made it too sweet for us. I thickened the juices with cornflour/ cornstarch, shredded the chicken and dumped it back into the crockpot for 10 minutes before serving. We ate it with mashed potatoes, vegetables and dinner rolls. I will definately make this again, but next time I will double the sauce mix, and because I used breast meat, I will reduce the cooking time, perhaps by 30 minutes or so - we loved it!
Gone...as fast as the wind during a hurricane! This was wonderful! I made 18 chicken thighs as we were having 3 adult guests for dinner (there are 5 of us to start with), and it was GONE. Not one piece left!! My crock pot is huge and I had so much chicken in it that I cooked on high for 2 hours then low for 4. I basically doubled the recipe but used less brown sugar, 1 1/2 cups, and tons more garlic because we love it. I also added salt right on top of the chicken. The gravy was thin so I poured it into a pot on the stove and added cornstarch to thicken it. I served the dish with eggnoodles and mixed vegies. There was total silence at the table for about 10 minutes, then my mom finally broke down and asked for the recipe and if you knew her, you'd know how hard it was for her to do that ;) A definite keeper - THANK YOU Mirj :)
5 stars for easy to make, kids LOVE it, and falling off the bone tender! I used bone-in chicken breasts (skin off of course).
I didn't really like it much. It was to sickly sweet for me. My kids inhaled it though, which is why I gave it 3 stars. I probably won't make this again.
I thought the chicken was very overcooked and fell off the bone, but not in a good way (it was so dry, although there was a ton of juice in the pot). The juice had a good flavor though, as did the dry chicken. So while I didn't hate it, I don't plan to make it again. Neither of my children liked it either. Sorry I couldn't give a better review. It did smell good though!
Tried this for supper and found it very delicious. Will certainly try it again. Thanks for this posting.
Wonderful- Don't care for legs or thighs, but tried them anyway and was delighted with the results. I also thickened the sauce with cornstarch. The chicken fell off of the bones and the taste was incredible. Nice complex flavors.
We really like this - it's almost like some sort of Chinese sweet-n-sour dish w/o the sour. I served it over brown rice with sugar snap peas; we found ourselves looking around the table for egg rolls! It was very tasty.
I wondered what my husband would think of this recipe since it seemed to have a lot of sugar and he loved the sauce. I used chicken legs and they were completely overdone so I'll need to adjust the cooking time but he was so gaga over the sauce that he didn't complain too much about the chicken. I used balsamic vinegar and it was wonderful - the smell in the house was to die for. Will make it again with some tweaking of cooking time.
Too sweet for my taste and the juices were super thin and I didn't want to put in loads of cornstarch.
I made this yesterday. WONDERFUL!!! My husband and I both loved it, it fell right off the bone when done cooking. I had no problem with dryness it stayed very moist for me.
I premeasured all ingredients(except the 7up) and left them out for my 14 year old son to mix together and pour over the boneless, skinless chicken breasts when he came home from school. Upon reading the reviews, I decided to cut down the cooking time substantially & I did not pack the brown sugar firmly based on some of reviews commenting on the flavor being too sweet. Unfortunately, I didn't turn the chicken off as planned - cooking it approx 6 hours. Even though the meat was drier than I anticipated, it was very flavorful. I think 4 hours would have been perfect. We will definitely do this one again and this time, I'll pay better attention to the timing!
I make this chicken recipe all of the time. It is a favorite of my husband and children. Outside of beer can chicken this is my most requested chicken recipe. I would certainly recommend it. 

Linda
Very delicious. I add a few orange slices on top while its cooking.
Chicken recipes sometimes seem like the same old thing. Not the case here! OMG, the house smelled wonderful and the dinner was great. Followed recipe but next time I'm going to try boneless skinless breasts. Thanks for sharing!
It smelled great but the chicken had a texture that seems like it's very dry. It just goes to mush when you fork it or chew it. The sauce is a little too sweet. I dreaded my leftovers for lunch today. I won't be making this again.
Great recipe! It had wonderful flavor, next time I will use chicken. I used pork this time, sometimes the family and I just get tired of chicken. lol I made this with rice, then thickened the sauce with cornstarch. Very good! :) :) :)
I liked the first few bites of this dish but found it became much too sweet as the meal went on. I would try this recipe again but would add some veggies as well as some broth to cut the sweetness.
I started this dish before leaving for work and came home to a delicious dinner. I did thicken the sauce with a couple of tbsp cornstarch mixed with water, perfect over steamed rice. I used skinless thighs and the meat wasn't dry after 8 hrs on low. Very yummy meal. Will definetly make again. Might try adding some chopped onion as another poster recommended. Thank you!
This taste like a Sweet & Sour chicken that you would get at a chinese resturant. Except better. I used thigh meat & cut of the skin & put them in whole. I used Apple cider vinegar and would recommend the cup of brown sugar. I also put some chopped onion,1/2tsp pepper & 1/2 tsp cayenne. Thank you some much :-)
I kept reading that the sauce was wonderful, but the chicken was dry so I tried coating the chicken in a little olive oil, but sorry to say it didn't help much. The sauce was good though.
I made this for dinner tonight using boneless skinless breasts, and it was absolutely delicious! I cooked it for 2 1/2 hours on high and it was *so* tender. Considering that this was my first attempt at using a Crockpot, I'd say this recipe deserves rave reviews!
Had a strong vinegar taste to it.
This really did not taste good to me. I think it was just too sweet. It needs something to contrast with all the sugar. My husband didn't think it was that bad and ate it without any complaints, but I will not be making it again.
OH this was sooo good. I used chicken breast with bone and skin and probally about 4 tablespoons of garlic and 1 teaspoon cayenne pepper. The house smelled wonderful and made my stomach growl all day long :) This has the perfect amount of sweetness and spice for us. I thought I made enough for leftovers tomorrow but my hubby devoured it instead. Thanks for a wonderful dish.
This was extremely tasty. I also used boneless breasts and shredded the meat after thickening the sauce with cornstarch. It took hardly anytime at all to cook and was very easy to make. My husband usually doesn't enjoy sweet meat dishes but this time he said that he really liked "this syrupy stuff." Wow...what a recommendation!
I made this with boneless skinless chicken breast. The chicken was very tender, but was very dry. Any suggestions? The favor was excellant, served it over noodles.
The house did smell wonderful even all the way to the garage!! But the sauce was too vinegary for me. I used apple cider vinegar-maybe i just should of used white. I used chicken thighs and they were moist and tender but the sauce was overpowering.
We enjoyed this for a change. I thickened the sauce and served it over toasted buns, as you would sloppy joes.
So good. So easy. Didn't really expect this to taste so good. Definitely will make this again, and again.
we loved this. i used bnls sknls breast and doubled the recipe for the sauce that way we had extra to spoon over the rice. yum!
Well, after so many reviews I had to try this, so I called home from work and gave DH the recipe on the phone. When I got home the house smelled great. Then, we stir-fried some vegetables, added the gravy to the wok, and thicken with a bit of cornflour. Together with white rice we had a wonderfull dinner, even though the chicken was a bit dry. (brests, cooked for 3 hours) When I asked DH how it was to make he said "are you kidding? it took one minute!" and boy was it worth it.
 Can you get a simple recipe that taste divine all in 1,yes you can and this is it.So simple,I used some chicken pieces and even threw in some boneless skinless chicken just to kinda clean out my freezer and it turned out perfect,love the taste and mine did not dry out,also subbed coke for the sprite because it was all I had and it did not affect the flavor at all,just delicious.
I'm sorry, but I have to admit I followed this recipe and it came out dry and all I could taste was the vinegar. I won't make this again. However, my dogs were happy because they got the left overs.
This is the best chicken we have ever ate. My hubby missed dinner that night so I opened up the baked potato I made and put the chicken right on top. (I used chicken thighs but they fell off the bone) He wanted seconds that night when he came home for dinner and needless to say there was none left. Great recipe and very easy to make.
Great flavor! I used thick chicken breasts and cooked overnight on low for about 9 hours. Chicken was really tender and could cut it with a fork. Thanks for the recipe!
There was only one problem with this chicken - I didn't make enough! My husband smelled it cooking and started "sampling." 
I used Chicken breasts and cut them into nugget sized pieces. I also used Apple Cider Vinegar and I added salt to the recipe. Since I was using small pieces of chicken, I let it cook about 3 hours. It was delicious! 
The sauce was very thin, but I will add some cornstarch next to fix that. And there will be a next time! Thank you so much for this recipe!!!!!!
 This recipe gets a start because it's cheap and easy, and another star because the kids basically liked it ok. But I was very dissapointed. I used frozen chicken tenders. The meat wasn't dried out, but the flavor of the meat was just ok. The sauce was much to sweet for my taste. sorry.
This was very tasty served over rice. I did decrease the sugar and vinegar (used apple cider vinegar) slightly and added 1 cup of chicken broth. Also thickened it up with some cornstarch at the end. WIll make again!
This was soo yummy!! The only change I made was I reduced the vinegar down to 1/4 cup, 2/3 cups of vinegar sounded like too much to me. The sauce was really good over the white rice I made...
I used chicken drumsticks for this recipe & once done, the meat was falling off the bone. I liked the tanginess of the sauce, however I would highly recommend removing the skin from the chicken before cooking to avoid it being too fatty.
Not half bad. Not my favorite but was good. Was easy to assemble and would be good if you are feeding a crowd.
This was a great change to chicken. I used chicken thighs instead of entire chicken. Turned out very good, will make again.
Delicious. Next time I will put in a 1|2 teaspoon of black pepper instead. Can't wait to make it again!!!
After reading the previous comments, I was really excited about trying this recipe. Unfortunately, it didn't meet my expectations. I thought the taste was too vinegar-like, and the chicken was not moist at all. Sorry, but I probably won't make this one again.
My husband initially raved about this recipe. He said the chicken was wonderfully tender (I used cut up fresh chicken breasts.) No one else in the family - including myself - would give it a try based on its aroma and the appearance of the sauce. I followed the recipe to the letter and the sauce looked like colored water. The next day my husband admitted this recipe only deserves 2 1/2 stars.
I really enjoyed this recipe. I used boneless, skinless thighs and it wasn't dry at all. It reminded me so much of Chinese Food that I decided to boil some Ramen Noodles and throw them in along with some vegetables. Tasted better than Chinese take out! Will use this often!!
Mirj, I have made this recipe several times already and just now getting around to reviewing it. My family loves this!!! Crockpot recipes are a real time saver for me and this one is one of our favorites. I have made this using leg quarters and whole chicken breasts. Either way it comes out perfectly tender and delicious.
After reading ALL the reviews I decided to try this - however, I used Gingerale 3/4 cup- instead of lemon/lime soda as called for - I think the ginger goes better anyway with the flavor here. I used about 1/4 cup white vinegar and 1/4 cup apple juice, 1/4 cup soy sauce, and 3/4 cup brown sugar. I used 1.5 pounds boneless skinless breasts and the sauce totally covered the chicken. I cooked on high for 2 hours and then turned to low until dinner - as I started this late in the day. We served over rice. It was good, but not a family favorite. Smells great when cooking - not at all dry. Thanks for sharing - I love to use my crockpot!
I always love the tenderness of chicken cooked in the crockpot. The combination of garlic, brown sugar, and soy sauce was great. I'd never thought to put them together in that manner before now. I used skinless chicken breasts instead of the whole chicken. I don't think it made much difference in the recipe - just my personal preference.
This was good. smelled amazing,but it is really sweet. I served it with basmati rice and toasted almonds.
WOW! Only change was a can of Vernor&#039;s as I didn&#039;t have Sprite or 7-up! That was the first time! Second time I used Vernor&#039;s but added chunks of sweet bell peppers, (multi-colored) and chunks of Vidalia onion. I cooked two thighs and halfway through added a boneless/skinless chicken breast. This was done in the oven at 350 degrees for a total of 45 minutes. I can&#039;t say enough about this recipe, we love it! Thanks.
This was a very good and interesting recipe! Different and a unique taste. I made a couple of changes however. I used chicken breast, so ended up cooking on low for 4 hours and I reduced the brown sugar to 1/2 cup. The last 1/2 hour of cooking, I did add some thinly sliced red and green bell pepper in order to get in some veggies. Next time I may increase the sauce just a bit b/c it's so tasty!! We served over rice and my 2 and 4 year olds loved it!
This was really good...loved it over brown rice and a side of green beans...I used diet sprite and splenda brown sugar...the kids LOVED it! All in all btwn the crock pot the microwave and the rice cooker this was an easy meal and very yummy...and practically made itself...thanks for posting.
I made this yesterday; I thought it was pretty good but my husband loved it. Said it reminded him of sesame chicken. Was very easy to throw together - I used regular boneless chicken breasts and served with rice and carrots. Would definitely make again.
We enjoyed this with the missionaries tonight. I doubled the garlic, which was just about right for our tastes, used cayenne pepper, and reduced the sugar to 3/4 cup as suggested. It was still a wee bit too sweet; next time, I'll use 2/3 cup. But other than that, it was very good. And I did love the way it smelled while cooking! I used two breast pieces and four thighs, bone in but skin off, and cooked just over 5 hours, and it was falling-apart tender. I turned the chicken halfway through so that both sides would get time in the sauce. That seemed to work quite well. All in all, excellent dish, I'll make it again.
Excellent flavor! Mine may have been a little on the tangy side, I didn't measure things accurately and had more vinegar than I needed I think, but was still wonderful. I cooked 4 bone-in thighs for 4 hours and they were perfect. We'll definitely be making this again! The sauce is great over the rice too (even with out thickening it).
I used Chicken breast meat & the flavor was good but was dry too. My fault, shouldn't have cooked so long. I would cut down on the vinegar too. I used Apple Cider vinegar and it was just too strong. I took forever to absorb the vinegar smell (thats why the meat was overcooked). I will make again but if using breast meat will cook in the oven or top of the stove and use white vinegar and less of it, I can always add more.
I have been wanting to make this forever, but my DH kept drinking the Sprite before I could get around to it. He tried again this time, but I grabbed the can out of his hand, took my 1/4 cup, and gave it back!
This was a delicious and easy meal -- I used chicken tenders, and cooked them on high for an hour, then turned it down to low for another 3. It was moist and falling apart tender, and everyone in the family enjoyed it.
Thanks for another great meal, Mirj.
I am so sorry, but this recipe didn't work for us... I cooked this for 6 hours on LOW, and came home to black overcooked chicken. It smelled AMAZING and probably is, but I might try cooking it for 4 hours next time?
Great. Cooked it on the weekend, then put it in the fridge for later in the week. We absolutely loved it. I think that it would be easy to convert to a stovetop dish - but the crockpot put such a nice glaze on the chicken.
This is wonderful! The flavor is similar to seasame chicken! I could have cut the cooking time down to 4 hours since I used boneless breasts but they were fine (they weren't dry at all!). I cut the vinegar down a bit & could actually cut it in half. I did end up adding an addition tablespoon of brown sugar & soy sauce half way through. I thickened the sauce up with corn starch & served this over white rice. Yum!!

Thanks!
Very good and very simple just a little to sweet. Used 6 boneless chicken breasts, cooked on low for 5 hours. Then shredded the chicken with 2 forks & added cornstarch to thicken Next time I would cut back on the sugar to 3/4 or 1/2cup. Served with basmati rice and veggies. Thanks for the recipe!!
Thank you for sharing your recipe....will try it today!!!!
This was delicious & spicy! I used boneless, skinless chicken breasts & cooked for 4 hours on high. The recipe was perfect - I chose to use the cayenne pepper.
Don't know what kind of chicken you guys used, but mine wasn't at all dry AND it stayed in my crockpot for about 10 hours because my husband had to work late. We ate at midnight. It was incredible. My husband absolutely loved it, which is my criteria for designating a recipe a "keeper".
As a spice fanatic, I thought this chicken was bland. However, it was still very moist and delicious with added salt and pepper.

Recommendations for next time:
-Double garlic (use fresh)
-Coat chicken with salt rub
-Use the cornstarch to thicken the juices for a gravy.
OMG This was SO GROSS. I followed the directions exactly, and it just had such a weird flavor. Neither my husband or I liked it - in fact we threw the entire thing in the trash and had pizza rolls and popcorn instead. Really YUCKY! :(
I did it with chicken drum sticks.. I didn't use the seven didn't think it would make much difference in the mix but did use fresh lemon juice to cut down on the sweetness .. worked great ..
Easy and Fun...Oh the smell.so wonderful. I used 3 breast and 3 legs 3 thighs. I added the breast the last 3 hours of cooking. It all came out great. We will be making this over and over.
Definitely a keeper. Rather than use standard vinegar I substituted with Red Wine Vinegar as well as replaced the Sprite/ 7-Up with red masala cooking wine and then used Cajun seasoning for the pepper. The kids devoured it and barley left the broth.
Excellent! We used 8 thighs bone in and skin on - reduced brown sugar to 1/2 cup and vinegar to 1/3 cup, and garlic to 2 tbsp minced (12 cloves) Cooked low 6 hours and served over rice.
The chicken had nice flavor. I added butter to the sauce, which made it a bit richer. By the end of the cooking time, I needed to put the liquid into a frying pan to reduce it and added cornstarch and water mixed to the pan to thicken the sauce. It was pretty good but not sure I would make it again.
Sorry, this didn't do it for us. I followed the instructions exactly and it was just way too sweet. The only flavor we got was the sugar. Threw out most of it, not even good for leftovers.
Sorry to rate this so low after all the rave reviews, but I was a bit disappointed in this one. It had a great almost teriyaki smell while it was cooking, but one taste and I didn't even bother to thicken the sauce. I'm glad the only vinegar I had on hand was apple cider vinegar because the vinegar definately dominates the sauce even though I added a little extra soy sauce and a lot of extra garlic, and my husband and I don't especially like the taste of vinegar. Also the chicken still came out a little dry after 7 hours even though I used chicken with the bone in and skin on. My husband did suggest that with the slightly sweet vinegary taste the leftovers might make a good chicken salad, but I definately won't be making this again.
I might not have made this completely right, because I didn't really care for it. I used Cider vinegar, I don't know if that made a difference. I also used chicken breast instead of the whole chicken pieces. It really didn't smell that great, maybe because of the cider vinegar? And it tasted too sour. I ate it all and so did my husband, but I don't think I'll be making it again. Thanks Anyway : )
I used a little over 3lbs. of split chicken breast. Doubled the sauce. Dh and I thought this was absolutely amazing. Kids had mixed reviews. I will make again!
I fell in love with the recipe but didn't have the time for a crockpot meal so I made it on top of the stove. All the same ingredients just in my new cast-iron skillet. It only took about 45 minutes from start to finish. (the boneless chicken breasts were frozen so some of that time was for thawing) Once I tasted the sauce, I HAD to double it so that I would have PLENTY left for lunch tomorrow. I also topped it with chopped green onions. Absolutely AWESOME!
This was a HUGE hit with my family! Not that my toddler is a fussy eater, on the contrary he is a tiny kid who eats like a truck driver, but even he literally SCARFED this down and bugged for more! Hubby loved it as well. I served it with plain rice that we added the juice to. I used drumsticks, and I think next time I would rather try boneless or shredded chicken to mix with the rice altogether. FABULOUS!!!
neat idea
This is an awesome recipe and thank you greatly for sharing :) I double it ( but not the sugar ) add extra garlic and cayenne and about an hour before serving we add the basamati into the crockpot!! It soaks up all the extra sauce and is amazing to serve and eat :) thanks again!!
Very,Very Flavorful! ..I used boneless breast &amp; I took the advice of another &amp; added green peppers &amp; onions. I only let cook for about 5 hours instead of the allotted time of 8 to keep it from drying out. After removing the chicken, I also added cornstarch to the remaining juices to thicken it up for kind of a glazing sauce..I&#039;ll definitely make this again!
The whole family loved this one! I read a few reviews prior to making it and so I cut the vinegar in 1/2 and doubled the sprite. It had a great flavor. We used all boneless breast and cooked it on high for 6 hours. We also doubled the sauce so everything was very moist.
I made this receipe using about 2 1/2 lbs boneless chicken breast
Excellent crockpot recipe. I didnt have any 7 up so I used ginger ale and it was still great. Just like everyone else says, it just falls right off the bone. Will definately have do this again!
this was too sweet for my tastes. sorry i won't be making this again.
This was amazing. My family loved it. I have an 8 yr old son or we call him the human garbage disposal he ate 5 pieces. My mother who is 80 can only have tender things. Served with noodle n carrots. Delish
The only thing I can say positive about this recipe is that the house did smell really good all day while it cooked. I did not find the chicken to be dry at all. I just did not like the taste at all. The sound of the ingredients: garlic and brown sugar sounded wonderful, but we ended up getting take out food.
I was pretty excited to make this one as the ingredients seemed to be right up my alley! Unfortunately I couldn't even finish it which isn't a good thing. My life thought it was ok and my kid actually started crying! He usually eats anything! Oh well, on to other recipes...
I can't believe something so simply can have so much flavor! I wasn't sure about what type of vinegar to use, so I used apple cider vinegar...very yummy! Only strange thing is the fresh minced garlic that wasn't submersed turned GREEN...kinda yucky looking, so I had to scrape that out!
The chicken was nice and tender, but the flavor was a bit washed out, I thought. I also tried to thicken the sauce up a bit, which did help. Definately decent but don't know if I'd make it again.
This recipe was very easy to make and it did smell good while cooking. My husband and I really enjoyed it.
This was great! I used frozen chicken tenders and apple cider vinegar and I served it over rice with a salad. Very easy and yummy!
This was my first Zaar recipe. We loved it. Made it as written the 1st time (delicious) and have used boneless skinless breasts many times since then. DH considers this "his speciality". Thanks for a great recipe!
We just finished this and it was soooooooo good. My chicken was so tender it was falling off the bones. IF there is any left you can bet I'll be taking it to work tomorrow for lunch.
I made this, after reading all the reviews. I'm always looking for new and interesting recipes to try out in my new crock pot. This one seemed to be something I would absolutly enjoy. I did enjoy it, don't get me wrong, it just seemed a bit too sweet even an overpowering type of sweet. I did use splenda brown sugar, which could have been the cause. Either way it was still very very tasty, even though something in the taste just seemed a bit overpowering. Will make again for sure, trying regular brown sugar rather than the splenda to see if it changes.
A little sweet for me, but my DS loved it! Had thirds!!
Delicious! This was a great hit at dinner tonight. Even the kids chowed down on it.I will definately be making this again. Thank you for such a wonderful recipe.
Extremely easy. Flavor was awesome. Not what I expected--more of a succulent BBQ without the tomato taste. Used whole chicken with ginger ale for the soda. Will make again and again.
Mmmmm... the smell is so wonderful and the taste, served over noodles -- ohhhh so delicious!! I used balsamic vinegar and it came out perfectly -- not too vinegary as some people had a problem with. I may cut down just a tiny bit on the brown sugar next time, but I think it came out just perfect as you have it written. The only change I would make is that I used low sodium soy sauce, and it could have used just the smallest amount of salt -- perhaps 1/2 tsp? -- to bring out the flavor of the chicken even more -- so the change I would make next time would be to use the full sodium soy sauce and I think that would take care of it! Thank you so much for this fabulous recipe -- it will be a regular (not to mention that it got my crockpot out after many years of retirement) :)
I tripled the sauce,I didn't triple the garlic though.I cooked it in an 18 quart electric roaster at 350 degrees for three hours. I turned the chicken often. I placed whole carrots next to the chicken in the roaster after 30 minutes of cooking. Everyone loved it!
I thought this would be really good since it has such great reviews, but I was dissappointed. I followed the recipe exactly except that I used boneless skinless chicken breasts, and only cooked them for 4 hours (which was plenty). The sauce was too runny and thin, and although my family regularly uses apple cider vinegar, the taste of it was overpowering. Much too sweet and soggy for my tastes, even with steamed rice.
We absolutely loved this dish! My 25-year old son said to tell you it is the best darn 'Jewish stew' he's ever eaten (I told him a bit about you, and where you live). I got a late start on it so I made it on the stovetop instead of the crockpot. I browned 3 pounds of cut-up boneless, skinless chicken breasts and lightly browned them in a little oil. I doubled the sauce recipe. Since I was indecisive on what kind of vinegar to use, I used equal parts of cider, rice and basalmic vinegar. I simmered the chicken in the sauce for 45 minutes and then added cornstarch thickener and some coarsely chopped colored bell peppers and broccoli florets. Cooked for about another minute until the sauce thickend and the veggies were crisp-tender. Served over steamed white rice. It was soooo good and so colorful. This is definitely a keeper. Thanks, Mirj!
This was SO yummy! I used 4 chicken legs & thighs - bone in. This worked out great! Chicken was SOOOOOOOOOOOoooo moist it was falling off the bone (next time I'll use 6 legs/thighs). Had unexpected company drop in for supper - and so this - along w/ some other 'Zaar favorites went over splendidly! The Sprite gave it a bit of a different taste - and EVERYONE loved it! THANKS for sharing! (Also - I should add that I was away all day, and didn't return at the time I'd hoped to, so this was actually cooking on low for 8 hours....YUMMY! This one's been added to my personal cookbook full of 'greats!'
I have to say this wasn't my favorite, mind you it was very good BUT it was polished off immediately & the rest of the family gave it rave reviews. I think I would have liked it better if I had added some ginger - next time :-)
I really like the ease of this recipe, the chicken was tender but tasted just like chicken. The sauce was way too sweet for me. I ended up not using the sauce and quickly switching to a honey garlic. I wouldnt make it again. Just too sweet.
I did chicken legs in a frying pan with the sauce minus 7-up, used half black pepper, half cayenne. The sauce was so good, I kept taking little tastes. I simmered/steamed for about 1 hour and could have done more. I saved these for my next week lunches. There is nothing better than cold chicken legs for lunch at work and these were great. I will make this again.
I thought this was good, not wonderful. I made it in the crockpot following the recipe exactly. It just didn't thrill my family like it seems to have thrilled so many others.
My husband thought this was good but nothing special. I only cooked the chicken for 4 1/2 hours and it was dry. Served over white rice to absorb the juice. I doubt I will make this again.
I made this tonight and I don't think that I will be making it again. It seemed like it would be a really good recipe, especially with so many good reviews! 

I had read that it was a little too sweet for some people's taste. I don't like very sweet things and so I reduced the amount of brown sugar to a little more than 3/4 C. I also reduced the vinegar (which I'm VERY glad that I did). I thought that the flavors just didn't seem to blend all that well. It thankfully wasn't too sweet, but at the same time the vinegar had a HUGE presence in the taste. I used white vinegar...maybe I should have used apple cider? I was unsure since the recipe didn't specify. I thought that maybe I should have just added the full amount of brown sugar to make the vinegar not so overpowering but when I did it became too sweet and the vinegar was still there.

I was able to finish eating my meal, but I was glad that I didn't have enough for leftovers.


This was really good. My husband and 4 year old
daughter both loved it. I used a whole chicken,
balsamic vinegar, and the cayenne pepper.
My whold family loved this one.

Lisa
I tried making this recipe and I don't know what I did wrong but it did not come out at all like I expected. As many great reviews as it received, it didn't work out for me. Like others said, the texture was bad -- overcooked and the flavor wasn't that great either. It was edible, but I doubt I'll ever make this again...
Loved this! Like most, I used boneless skinless chicken breast. I cooked it on low for about 4 1/2 hours and it came out perfect! I wasn&#039;t sure what vinegar would be best, so used rice wine vinegar and then tossed in some sesame seeds the last hour of cooking. Fabulous! Served over rice and it was a huge hit!
This recipe is disgusting!! I cooked it tonight and the flavor is horrible. This recipe should be removed from the site. I don&#039;t know how anyone can think this tastes good, unless they don&#039;t know what good food is supposed to taste like. In addition to that this recipe dries out the meat for the recommended cooking time. Do yourself a favor and find another recipe. Save yourself grocery money and time.
I thought this chicken was ok. My husband couldn't eat it because he thought the vinegar was very overpowering. I was unsure of what type of vinegar to use so I ended up with apple cider vinegar. Strange thing -- My two year old gobbled it up!
Everyone in the house loved this! I used boneless breasts as suggested by another reviewer and adjusted the cooking time. It came out wonderfully!
This was a great recipe, especially since my very picky boys ate it up and asked for more! I changed the sugar content to 3/4 cup but you could reduce it to a 1/2 and it would probably still be great!
Made this on one of our busy nights and it turned out great. I added broccoli on top. Next time I&#039;d like to add quartered onions and maybe some red pepper. I thickened with cornstarch and served it over steamed rice. Nice meal.
I absolutely love this recipe! I have made it three times now, and it never gets old! I use chicken thighs, and remove the skin. We have a delicious dinner ready in about 4 hours! Bravo!
This was good, very interesting recipe and a different, yet lovely, taste! I used Splenda sweetner to keep the calories and carbs lower and it was still quite good. I will definitely make this again!
I was so bummed! After reading most of the reviews, and looking it over, I got so excited to try this one out. Man was it bad. wwaaayyy too sweet. I ended up heating some frozen chicken wings to supplement. Really disappointing :(
Loved this, found that 8 hours was a bit long in my slow cooker.
Like this really needs another review! Just wanted to let you know we really enjoyed this and will be making again. Thanks.
terrible
Very tasty. Due to lack of time, I lightly browned boneless/skinless chicken breasts on each side and then baked the chicken (with the sauce) in the oven (covered) for 1 hour. The end result...very moist chicken. Next time I can't wait to use my crockpot, since I think the sauce will thicken up a bit. The sauce has a powerful "punch"...next time I may try reducing the amounts of brown sugar and vinegar! Thanks Mirj!!!
Yuuummmm! The table isn't even cleared yet and I had rate this right away. Simple, easy recipe. I threw in a whole chicken, cut up, and an extra package of legs. I forgot that my crock pot only cooks on high.....6 hours later most of the chicken had fallen off of the bone. I thickened the sauce up made a simple fried rice and served. DELICIOUS! I loved that the flavoring was not too overpowering. Just a hint of goodness. Next time I may add a few carrots (as suggested above) and use boneless meat (cooked less time) only to save even more time! A keeper....thanks!
All I can say is"This stuff is alsome"
So there I was, all reasy to throw the ingredients into the crockpot, when I realized that my roomate had already packed her crockpot. DOH! So, following the advice of some other reviewers, I first browned the chicken, and then simmered it in the sauce for about 45 minutes. I used about 2 pounds of boneless breasts (cubed), doubled the sauce, and served it with brown rice. After 45 minutes, the chicken was very tender, so I added about 3 Tbs of cornstarch , simmered for another minute or so, and served. It was a little too sweet for my tastes, but my friend loved it. Each to their own I guess, but next time, I'm going to cut out the Sprite, cut down on the sugar, and add some crushed red pepper to give it some heat. Overall though, it was a very tasty dinner. I agree with the reviewer who likened the sauce to sesame chicken - nearly identical taste in my book.
Made my first crock pot meal with this recipe! Came out great..served with mashed potatoes..thanks for posting.
My husband LOVES this recipe & requests it often. Super-easy to make!!!
I used skinless boneless chicken breast tenderloins, and only cooked for a little over 4 hours, and they turned out perfectly. Will make again.
OMG! This took so little time to throw it together. I threw all the ingredients in a plastic bag and brought it to work to cook in my crockpot for lunch. I cooked it on high for about 4 hours, and everyone came in my office to tell me they could smell it throughout the whole building. It was "fall-off-the-bone" tender, and one coworker finished it before we even sat down to eat! Great recipe Mirj!
I followed this totally and only one person out of 7 could eat it. The chicken was not dry but the consistency of the sauce and the taste was definately not for my family. It is surprising since we love the taste of brown sugar and soy sauce(I use it on my salmon). I was really looking forward to this too.
Not that this needs another review.. but: we really enjoyed this chicken. I made it with brown sugar substitute (1/2 c.)and diet sprite and kicked it up with extra garlic and chili flakes. Served with jasmine rice and steamed asparagus. First, my husband and I ate it for dinner. Then my sister came by to pick up her car, smelled the house, and needed a 'taste', then DH's friend wandered in apparently starving. Thus, the meal that I had hoped would last DH and I a couple of days- didn't last the evening. Thanks Mirjam, EVERYONE enjoyed this. :)
Made this for dinner and to my dissapointment it wasn't very good. Had to throw it out and make something else.
This recipe did not work for me. I didn't care for the texture of the chicken breasts and they also were very, very dry.
It was quick and easy to prepare, and the house did smell really good all day while this cooked. It sounded wonderful, but we just did not like the taste at all. Sorry.
Omgeeee!!!!...i made this dish with sauteed onions and used chicken thighs it was so good my family made me make another batch for snacking!! Absolutely a must try
My preschooler liked this, but he was the only one in our family that did. Not our favorite, unfortunately.
I prepared this a very long time ago (when you were in the hospital)..sorry it has taken me so long to review. I found the flavor of this recipe to be based on sugar and chicken. If one likes sugared chicken, this is the recipe for them. However, it was not to my tastes, and I do like sweet food. Sorry.
I'd certainly try it with less sugar as it was quiet sweet. I also had it with vegetables (not rice or noodles) and I do believe it would have made it not quiet so sweet with something such as rice. The chicken was very moist though, which was excellent!
I'm so confused as to what happened with my recipe! After reading all of these rave reviews I was so excited to make this. I was SO disappointed! The flavor was awful- very sour and tangy. I used apple cider vinegar, thinking maybe that was where I went wrong, but I read other reviews who also used acv. I went back and triple checked that I used the right amount of vinegar and I know that I did. I don't know what happened, but this was not good.
DH and I thought the vinegar was a little much the first time I cooked it. I used cider vinegar. The second time I used 1/4 cup vinegar and 3/4 cup Sprite, and WOW was it good. I removed the sauce to a frying pan and then added cornstarch to thicken. I served the chicken and sauce over noodles. Side dishes that went well with this dish was corn pudding and spinach. I always do the crockpot cooking on the weekends, I'll cook this one again! Thanks so much for sharing!
I really wanted to like this a lot! I followed the recipe exactly even added the extra Cayenne and it had no flavor, the chicken was fine not dry at all, but it had no flavor at all. I was really disappointed I had read all the reviews and had been looking forward to this. I did use rice vinegar since it didn&#039;t specify, but I couldn&#039;t even finish mine.
This wasn't as good as I expected it to be. It was way too sweet for my taste. I used chicken breasts and cooked on low for 4 hours and they turned out very dry. I do think that this recipe has potential though. I may play around with it in the future.
This was very good. It reminded me of teryaki chicken. I skinned my chicken and it came out wonderful. I followed the recipe exactly. It fell off the bone and was not dry at all. I will make this again for sure.
Have not made this yet, question as anyone tryed it in the pressure cooker. That helps keep white meat moist.
I am so paranoid by this recipe right now as I have it in the crock pot. At this moment it smells so GOOD. There are so many good reviews as well as many not so good ones. I am praying that this turns out good as I have all my 3 children over for dinner tonight and I don&#039;t want to throw out 6 chicken pieces with thighs attached. Here&#039;s to keeping my fingers crossed and I will be back for star review.&lt;br/&gt;UpDate: This of course is not for those who DO NOT like a sweet flavor dish. I did add some cayenne pepper which balanced out some of the sweetness. But this was excellent, severed over rice with saute cabbage on the side.
All I can say is: yum!
Excellent dish! I made it with chicken leg quarters (skin removed) and put it to cook on low before going out for the afternoon. We got back at 6 and the chicken was fork tender -the bones were falling out! My husband asked for seconds so it must be good! Another winner, Mirj!
This was so easy and delicious! I added colored bell peppers and onions and use chicken leg quarters. It only needed to cook for four hours and it's falling off of the bone--the sauce is amazing!!
i don't believe i have never reviewed this recipe. i make it all the time because it is so easy and delicious. i did try it once with diet sprite, did not work for us and i use a lot less garlic, personal preference and split chicken breasts instead of a whole chicken. fantastic easy and delicious.
The one time I didn't read all the reviews, I missed the fact that 6-8 hrs was too long to leave in crockpot. So the whole cut up chicken I used was a bit dry but hubby still loved it, even going back for huge seconds. Great tasting sauce too. Next time, just a few less hours in the crockpot, otherwise this is great easy to do recipe.
this was a nice surprise to me. I wasn't sure about the sweetness but it was very good. I served this with white rice and veggies. Very nice meal, thank you.....Stephanie
This was really good. I used a whole, young chicken. I left it in the crockpot, and didn't get home for about 10 hours and it was still moist, and the house smelled great! I served it with Italian rice and #79551 homemade rolls that I'd made the day before. Thank you for the great recipe!
This was very good. I wish I would have read the reviews more thouroughly though because I would have cut the vinager and boosted the sprite also, and been aware that it should only have cooked about 4-6 hours with just plain breasts. As it was though, I cooked it about 7 hours and while the chicken was a little dry and a little more on the vinager side, it was still pretty good and we all enjoyed it. Next time I'll take those 3 suggestions and I'm sure it'll be even more fantastic. Thanks for the great recipe!
Made this for dinner tonight and got rave reviews from all three family members. So easy, so delicious! I didn't think about it early enough to do the crockpot route, so I baked it in the oven. Superb sauce and so much easier than the sweet/sour sauce I usually make to just pour over chicken. This cooks right in it and the flavour permeates it rather than just tasting it on top. Delicious! Thank you!
Yesterday, I made this chicken for my husband; we absolutely loved it. I used skinless breasts and cooked it for 5 hours. The chicken was tender and delicious.
Delicious! I used frozen bone in chicken brests and cooked on high for about 4 hours. I served over rice, which was especially tasty with the sauce. Thank you for a great recipe!
I used chicken breast instead of whole chicken. Unfortunately, it cooked way too fast and ended up being a little too "done". (my fault, not the recipe's). I enjoyed the unsual sweet taste. We served this over rice. Next time, I know what to do! Thanks for the recipe!
It was ok - I liked it, but I cook for 7 critics ages 8 -15 and 2 of them snubbed it completely and 4 ate it but asked please not again. It isnt the prettiest looking finished product - not to appealing for kids
Big hit!! This chicken was so moist and so good! Thank You!!
This was really good, and different from anything I usually make. It was easy to make. Next time I think I'll try it with onions and bell peppers.
Wonderfully delicious. The first time we made this, we used a whole chicken, and cooked it for 6 hours. My husband made a gravy from the sauce, which we put over mashed potatoes. 
The second time,we used boneless skinless chicken breasts, and cooked it four hours. I added onion and green pepper at the beginning. We then put the chicken and sauce over rice.
Everyone loved it, even my 4 year old grandson, who is a very picky eater (both times).
This was yummy... didn't even need the chicken.. I could drink the sauce. I served with rice cooked in chicken stock. wonderful dinner. thanks for recipe
Will definitely make this again. Used chicken legs, but this would be really good with breasts or thighs. The house smelled SO good when it was cooking. Thanks for this!
This was delicious. By the time it was done cooking the meat was falling off the bones. My kids loved it...and getting them both to agree something is good is quite the feat. I pulled what was left of the chicken off the bones and put it in the thickened sauce. It made for a wonderful meal the next night heated up and served over rice. Will for sure make this again.
Mirj, I made this tonight for supper and we had such a marvelous meal! I made it exactly as directed and it was done in about 6 hours. I think the rice with the juices maybe every bit as tasty as the chicken! Thank you so much for sharing this recipe with us! DH says this is a keeper!
This is now one of my very top favorite recipes. I made this 2 weeks ago, and I'm craving it again, so it is cooking right now. Last time I followed the recipe exactly, but then topped with red grapes cut in half, which tasted amazingly good with the chicken and sauce. (TRY IT WITH GRAPES!). Oh I guess I did pour a bit extra sprite. Couldn't help it. I didn't cook it nearly as long, but my CP cooks faster than most. And the sauce was delicious over the rice, even though I did not thicken it as some have suggested. Only thing I'm changing this time is using a pack of chicken thighs instead of whole cut up chicken, and adding cayanne pepper (So good with sauce). YUMMY!
I just made this tonight. I used the recipe as is and took the advice of some of the comments I read. I used 5 boneless, plump, chicken breasts and cooked it on LOW for 4 hours. I really could have even shut it off at 3 and a half hours and let is sit. From the past two reviews I may not have tried it, but from my experience tonight... I will make it again. I had a dinner party and made two chicken dishes. One was a mushroom and wine dish that is always a crowd pleaser, and this one. Long story short, people came back for seconds and thirds. They ate so much dinner that I have a LOT of dessert left over (people usually show up for my desserts!) ! Look at the ingredients, if you like this sort of thing this recipe comes out great. Just cook slowly and not too long.
Very easy to make, tasty dish. Reminded me of one of my favorite 'take out' chicken dishes, although the take out one has more 'heat' to it. Next time I'll try using the cayenne instead of black pepper as suggested with maybe a splash of Louisiana Hot sauce and see how close it comes to my take out dish. If it does I owe you a big thank you, I've been trying to duplicate the dish for years at home with no success. This comes the closest to it so far.
This chicken was soooo delicious! I followed the recipe exactly, and cooked it on low for 9 hours. The sauce never thickened even after I added corn starch but it didn't matter. The chicken was moist and so flavorful! Usually when I cook chicken in sauce, once you bite into the chicken you lose the flavor of the sauce, but in this recipe the sauce really infused the chicken, I guess because it cooked so long? Anyway, it was even better cold the next day! I will definitely be making this easy, delicious recipe again!
The chicken was tender. That&#039;s the only good thing about this recipe. While it was tender, it was dry. Too much vinegar without a doubt. I couldn&#039;t even eat it and it was a total waste of money. At least the only energy wasted was mincing the garlic.
Has a unusual taste but chicken was quite dry
Mirj, this is absolutely wonderful. I had forgotten to put it in the crockpot this morning, so at 3pm I put it in and on high.
I used boneless skinless breasts, doubled the sauce, I also added a cup of Port, 1 small onion, chopped and sliced green, yellow and red peppers to the sauce while it was cooking in the crockpot. I cooked it on high for 3 hours.
It turned out moist and tender. DH just loves it. 
Thank you, this is now one of our favorites.
I am not sure what to say....I didn't like this. I followed the recipe to the letter. WAY too sweet. And just an all around very strange taste. The chicken did get dry, but put enough sauce on, and you can remedy that. This was a waste of good chicken! Definately NOT a do over. I am adding to this review, I was going to throw it away, but decided, to try and cut the "sweet" after all, nothing to lose at this point. So I added a can of tomato paste, (let me say I had doubled the sauce) A whole can of T.P., brought the sweetness down enough, that my husband said he didn't mind it, and is on his second helping. So, to anyone who has the same problem, this may help you......I originally gave this 1 star, but since the tomato paste helped, and hubby seems to like it, I will change it to a 2.
This chicken tasted great! The garlic smell just filled my house! I ran out of regular vinegar, so I used cider vinegar, and it still came out wonderful! Yummy!
I made this recipe exactly to directions, which is what I always do when making something the first time. It looked NOTHING like the picture on the recipe. The skin did not get nicely coated. I had to finish it in the oven. I could have done that in the first place, without having to bother with the crockpot. I use my crockpot to make things easier. Having to use the oven after work to finish the recipe does not help!
Unfortunately I did not get the results I had hoped for the first time around with this. I used a whole cut up chicken and followed the recipe as stated. I put this on and went out for a few hours and was sooooo excited when I came in and smelled this all throughout my kitchen, the aroma was really wonderful as others have stated. I thought it was going to be out of this world. I cooked for the minimum,about 6 hrs. and some of the chicken just totally fell off the bones when I went in to get it . Some of the meat was kind of like a shredded consistency throughout the sauce. It was still moist though not dry as some others have said. I thickened the sauce and served it over rice anyway, but definitely did not get the results that are in the picture posted with this recipe. I was soooo hoping for that nice glazed skin that is pictured,with nice "pieces" of chicken to serve atop my rice with sauce drizzled over.I may have to adjust the cooking time to my individual crockpot,which I have only had about 3 months now, which makes me fairly new to crockpot cooking so I may still have to feel it out a bit I suppose.The sauce was tasty and I would like to try this out again but am somewhat leary to given this first experience with it , I would hate to waste most of a whole chicken again, as we did not eat the leftovers. I will definitely update my review if I try my hand at this one again, thanks for the recipe.
 Iwould rate this recipe a three. Let me tell you why. The chicken was very tender but the gravy was not very tasty. I added a half acan of unsweetened pineapple juice when Itook out the chicken and let it cook another 15 minutes. Would not make this again
I made this today for the first time ever. I was excited to be trying something new &amp; different. I followed the directions exactly with measurements, only I used a family pack of legs and adjusted the cooking time to compensate for the smaller pieces of meat. The sauce is yummy, but the chicken ends up tasting almost sweet. I think I&#039;ll add more soy sauce next time. And I&#039;ll add some veggies as well. I ended up spooning the sauce over brown rice and that tasted divine! All in all, not my favorite but I&#039;ll keep tinkering with it! Thanks for the share Mirj!
